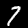
Label: 7